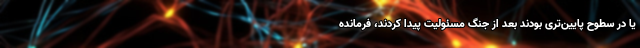
یا در سطوح پایین‌تری بودند بعد از جنگ مسئولیت پیدا کردند، فرمانده